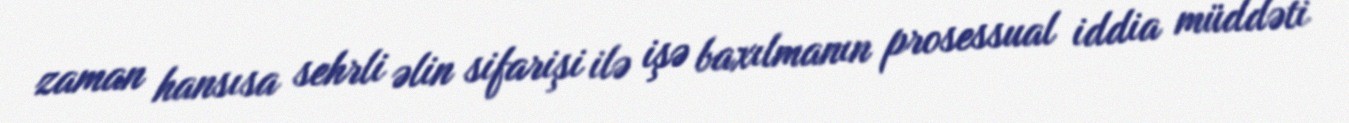
zaman hansısa sehrli əlin sifarişi ilə işə baxılmanın prosessual iddia müddəti